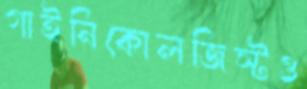
গাইনিকোলজিস্টও